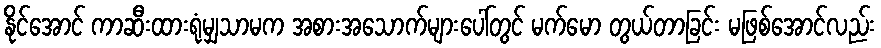
နိုင်အောင် ကာဆီးထားရုံမျှသာမက အစားအသောက်များပေါ်တွင် မက်မော တွယ်တာခြင်း မဖြစ်အောင်လည်း